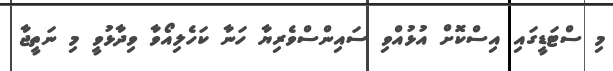
މި ސްޓަޑީގައި އިސްކޮށް އުޅުއްވި ސައިންސްވެރިޔާ ހަނާ ކަހެލިއޯވާ ވިދާޅުވީ މި ނަތީޖާ